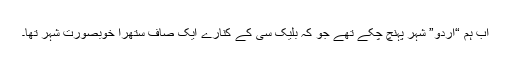
اب ہم “اردو” شہر پہنچ چکے تھے جو کہ بلیک سی کے کنارے ایک صاف ستھرا خوبصورت شہر تھا۔